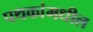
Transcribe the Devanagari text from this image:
पथकांमधील